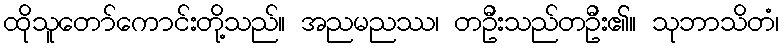
ထိုသူတော်ကောင်းတို့သည်။ အညမညဿ၊ တဦးသည်တဦး၏။ သုဘာသိတံ၊